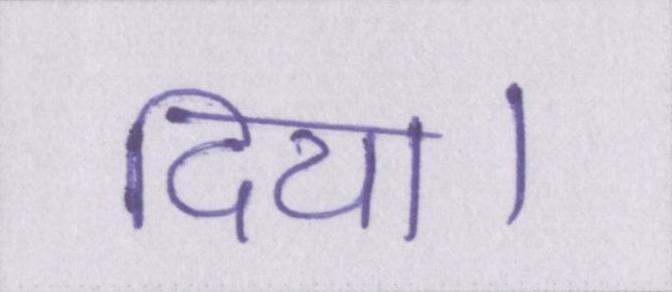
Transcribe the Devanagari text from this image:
दिया।